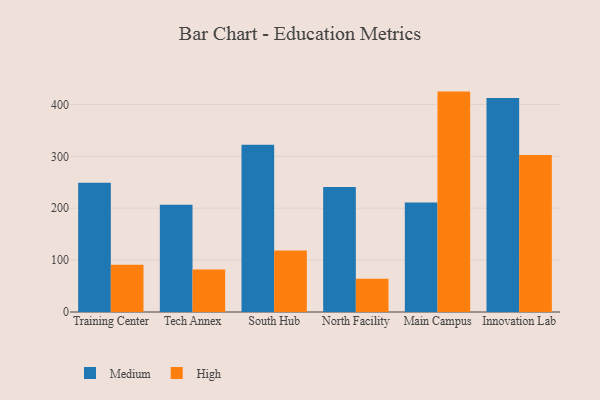
{"axis": {"x": "Campus", "y": "Demand Index"}, "legend": ["High", "Medium"], "data": [{"x": "Training Center", "y": 249.2, "type": "Medium"}, {"x": "Training Center", "y": 91.0, "type": "High"}, {"x": "Tech Annex", "y": 206.8, "type": "Medium"}, {"x": "Tech Annex", "y": 81.7, "type": "High"}, {"x": "South Hub", "y": 322.2, "type": "Medium"}, {"x": "South Hub", "y": 118.5, "type": "High"}, {"x": "North Facility", "y": 241.1, "type": "Medium"}, {"x": "North Facility", "y": 64.3, "type": "High"}, {"x": "Main Campus", "y": 210.9, "type": "Medium"}, {"x": "Main Campus", "y": 424.8, "type": "High"}, {"x": "Innovation Lab", "y": 412.7, "type": "Medium"}, {"x": "Innovation Lab", "y": 302.4, "type": "High"}]}